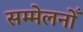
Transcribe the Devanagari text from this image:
सम्मेलनोँ